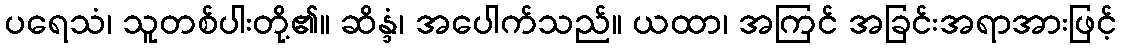
ပရေသံ၊ သူတစ်ပါးတို့၏။ ဆိန္ဒံ၊ အပေါက်သည်။ ယထာ၊ အကြင် အခြင်းအရာအားဖြင့်